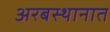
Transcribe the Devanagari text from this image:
अरबस्थानात